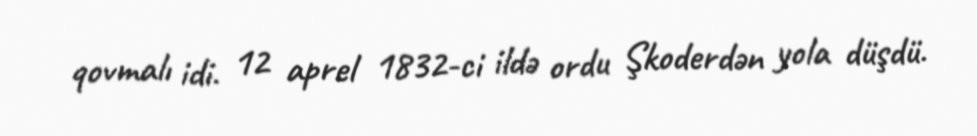
qovmalı idi. 12 aprel 1832-ci ildə ordu Şkoderdən yola düşdü.